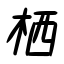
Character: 栖